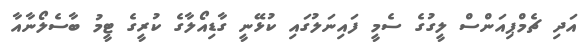
އަދި ޗެމްޕިއަންސް ލީގުގެ ސެމީ ފައިނަލުގައި ކުޅޭނީ ގާޑިއޯލާގެ ކުރީގެ ޓީމު ބާސެލޯނާއާ